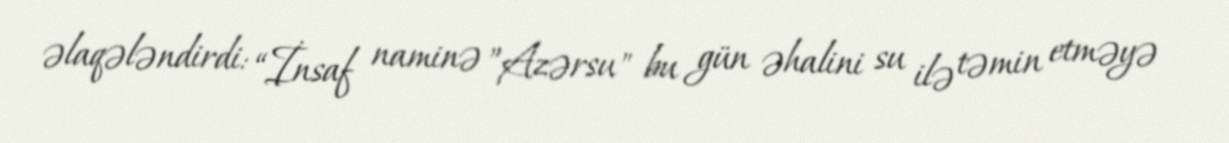
əlaqələndirdi: “İnsaf naminə ”Azərsu" bu gün əhalini su ilə təmin etməyə